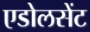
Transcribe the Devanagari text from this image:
एडोलसेंट